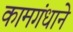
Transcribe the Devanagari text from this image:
कामगंधाने